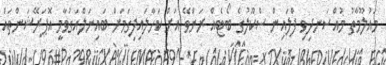
މައުލޫމާތު މުއްސަނދިވި ފްލައިން ސްކޫލުގެ ބޯޓެއް ރަންވޭ އަށް ކަހާލައިފިގަމަށް ބައިނަލްއަގުވާމީ އޮޕަރޭޝަންތައް